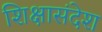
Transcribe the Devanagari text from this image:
शिक्षासंदेश